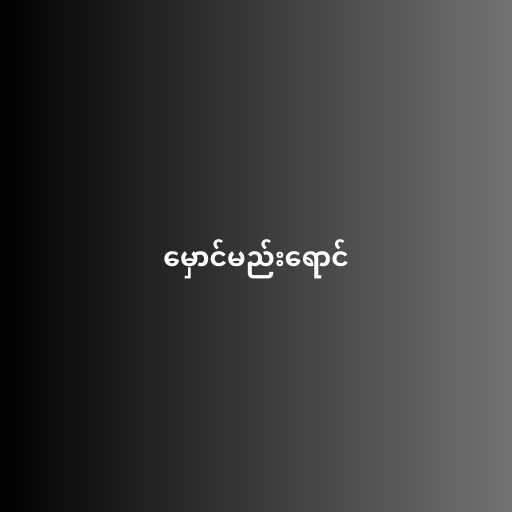
မှောင်မည်းရောင်